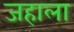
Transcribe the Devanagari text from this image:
जहाला